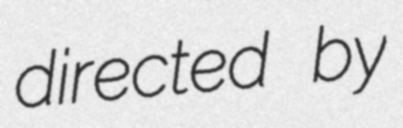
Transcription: directed by